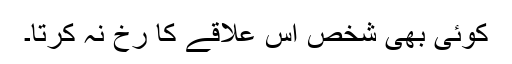
کوئی بھی شخص اس علاقے کا رخ نہ کرتا۔